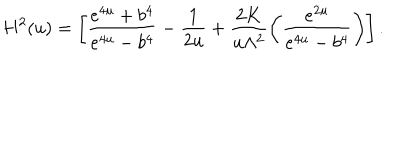
H ^ { 2 } ( u ) = \left[ \frac { e ^ { 4 u } + b ^ { 4 } } { e ^ { 4 u } - b ^ { 4 } } - \frac { 1 } { 2 u } + \frac { 2 K } { u \Lambda ^ { 2 } } \left( \frac { e ^ { 2 u } } { e ^ { 4 u } - b ^ { 4 } } \right) \right] .